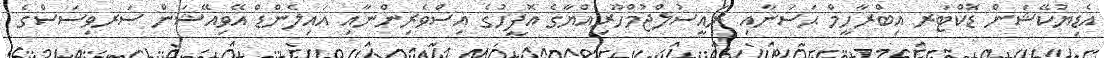
އެޑިޔުކޭޝަން ޑޮކްޓަރ އިބްރާހީމް ޙަސަނާއި ރައީސުލްޖުމްހޫރިއްޔާގެ އޮފީހުގެ އިސްވެރިންނާއި އައިލެންޑް އޭވިއޭޝަން ސަރވިސަސްގެ